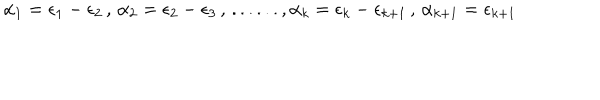
\alpha _ { 1 } = \epsilon _ { 1 } - \epsilon _ { 2 } \, , \, \alpha _ { 2 } = \epsilon _ { 2 } - \epsilon _ { 3 } \, , \, . . . . . . , \alpha _ { k } = \epsilon _ { k } - \epsilon _ { k + 1 } \, , \, \alpha _ { k + 1 } = \epsilon _ { k + 1 }